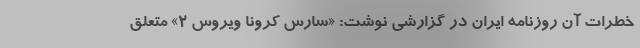
خطرات آن روزنامه ایران در گزارشی نوشت: «سارس کرونا ویروس ۲» متعلق